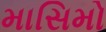
માસિમો